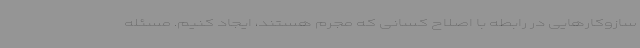
سازوکارهایی در رابطه با اصلاح کسانی که مجرم هستند، ایجاد کنیم. مسئله